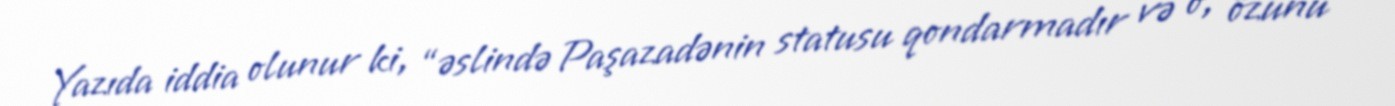
Yazıda iddia olunur ki, “əslində Paşazadənin statusu qondarmadır və o, özünü